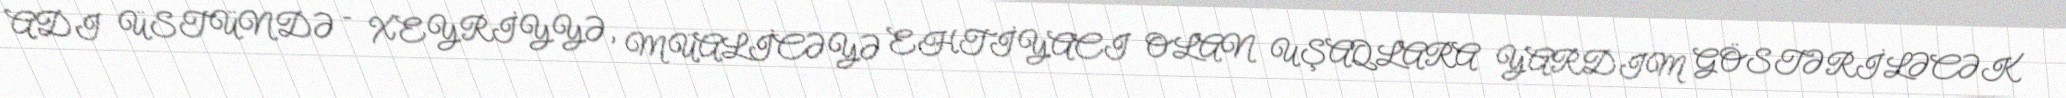
ADI ÜSTÜNDƏ – XEYRİYYƏ, MÜALİCƏYƏ EHTİYACI OLAN UŞAQLARA YARDIM GÖSTƏRİLƏCƏK